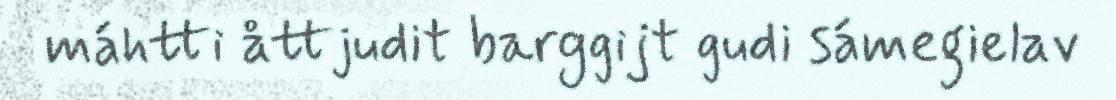
máhtti åttjudit barggijt gudi sámegielav